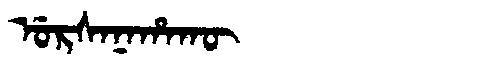
Manchu: ᡠᡵᠰᠠᠨᠠᡥᠠᡴᡡ
Romanization: URSANAHAKŪ